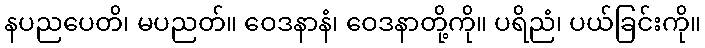
နပညပေတိ၊ မပညတ်။ ဝေဒနာနံ၊ ဝေဒနာတို့ကို။ ပရိညံ၊ ပယ်ခြင်းကို။